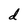
Character: d